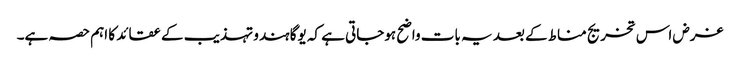
غرض اس تخریج مناط کے بعد یہ بات واضح ہوجاتی ہے کہ یوگا ہندو تہذیب کے عقائد کا اہم حصہ ہے۔